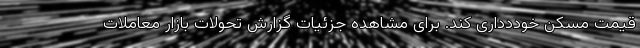
قیمت مسکن خوددداری کند. برای مشاهده جزئیات گزارش تحولات بازار معاملات